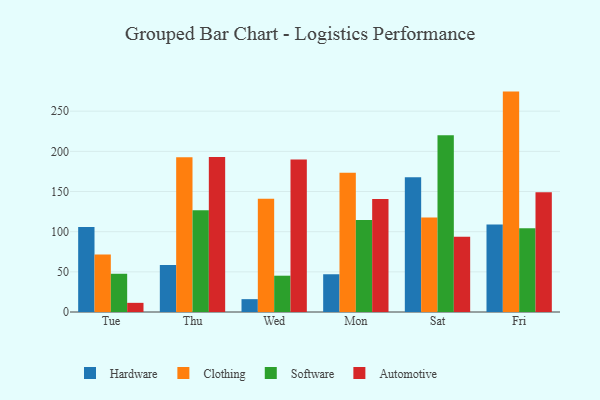
{"axis": {"x": "Day", "y": "Page Views"}, "legend": ["Automotive", "Clothing", "Hardware", "Software"], "data": [{"x": "Tue", "y": 105.8, "type": "Hardware"}, {"x": "Tue", "y": 71.6, "type": "Clothing"}, {"x": "Tue", "y": 47.6, "type": "Software"}, {"x": "Tue", "y": 11.4, "type": "Automotive"}, {"x": "Thu", "y": 58.5, "type": "Hardware"}, {"x": "Thu", "y": 192.7, "type": "Clothing"}, {"x": "Thu", "y": 126.8, "type": "Software"}, {"x": "Thu", "y": 193.0, "type": "Automotive"}, {"x": "Wed", "y": 16.0, "type": "Hardware"}, {"x": "Wed", "y": 141.0, "type": "Clothing"}, {"x": "Wed", "y": 45.2, "type": "Software"}, {"x": "Wed", "y": 189.8, "type": "Automotive"}, {"x": "Mon", "y": 47.0, "type": "Hardware"}, {"x": "Mon", "y": 173.5, "type": "Clothing"}, {"x": "Mon", "y": 114.6, "type": "Software"}, {"x": "Mon", "y": 140.6, "type": "Automotive"}, {"x": "Sat", "y": 167.7, "type": "Hardware"}, {"x": "Sat", "y": 117.5, "type": "Clothing"}, {"x": "Sat", "y": 220.2, "type": "Software"}, {"x": "Sat", "y": 93.6, "type": "Automotive"}, {"x": "Fri", "y": 109.0, "type": "Hardware"}, {"x": "Fri", "y": 274.4, "type": "Clothing"}, {"x": "Fri", "y": 104.4, "type": "Software"}, {"x": "Fri", "y": 149.0, "type": "Automotive"}]}